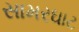
સામરઘાટ